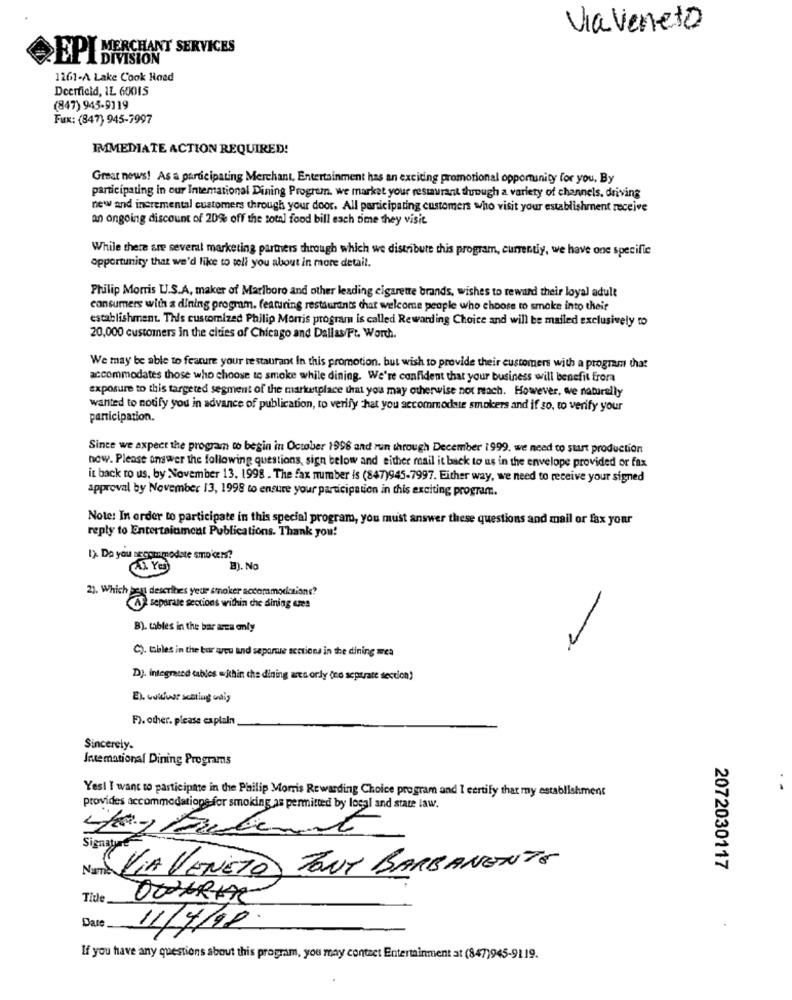
Via Veneto
EPT MERCHANT SERVICES
1161-A Lake Cook Hoed
Deerfield, IL 60015
(847) 945-9119
Fux: (847) 945-7997
IMMEDIATE ACTION REQUIRED!
Great news! As a pardeipating Merchant, Entertainment has an exciting promotional opportunity for you, By
participating in our Intemational Dining Program. we market your restaurant through a variety of channels, driving
new and incremental customers through your door. All participating customers who visit your establishment receive
an ongoing discount of 20% off the total food bill each time they visit
While there are several marketing partners through which we distribute this program, currently, we have one specific
opportunity that we'd like to tell you about in more detail.
Philip Morris U.S.A, maker of Marlboro and other leading cigarette brands, wishes to reward their loyal adult
consumers with & dining progmm. featuring restaurants chat welcome people who choose to smoke into their
establishment. This customized Philip Morris program is called Rewarding Choice and will be mailed exclusively to
20,000 customers in the cities of Chicago and Dallas/Ft. Worth
We may be able to feature your restaurant In this promotion. but wish to provide their customers with a program that
accommodates those who choose to smoke while dining. We're confident that your business will benefit from
exposure to this targeted segment of the marketplace that you may otherwise not reach. However, we naturally
wanted to notify you in advance of publication, to verify that you accommodate smokers and if so, to verify your
participation.
Since we axpect the program to begin in October 1996 and run through December 1999. we need to start production
now. Please answer the following questions, sign below and either mail it back to us in the envelope provided or fax
it back to us, by November 13. 1998 . The fax number is (847)945-7997. Either way, we need to receive your signed
approval by November 13, 1998 to ensure your participation in this exciting program.
Note: In order to participate in this special program, you must answer these questions and mail or fax your
reply to Entertainment Publications. Thank you!
1). Do you accommodate smokers?
1). No
2). Which best describes yeur smoker accommodations?
A separate sections within the dining eres
B). tables in the bar area only
2.
C). tables in the bur weu and separsue sections in the dining wea
Dj. integrated tables within che dining area orly (no separate section)
El. www. salting odig
F). other. please explain
Sincerely.
Intemational Dining Programs
Yes! I want to participate in the Philip Morris Rewarding Choice program and I certify that my establishment
provides accommodations for smoking as permitted by local and state law.
Signature
Nom: VIA VENETO FONT BARBANENTE
2072030117
Tide
Dare
11/4/10
If you have any questions about this program, you may contact Entertainment at (847)945-91 19.